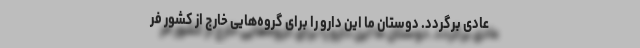
عادی برگردد. دوستان ما این دارو را برای گروه‌هایی خارج از کشور فر